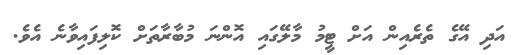
އަދި އޭގެ ތެރެއިން އަށް ޓީމު މާލޭގައި އޮންނަ މުބާރާތަށް ކޮލިފައިވާނެ އެވެ.